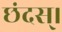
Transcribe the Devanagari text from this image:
छंदस्।